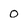
Character: 0